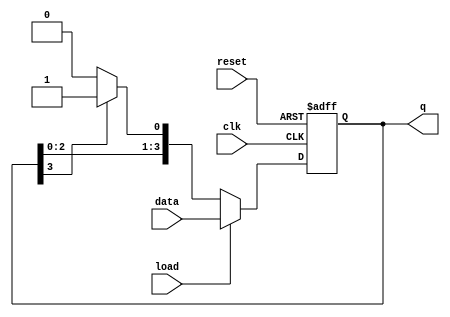
module LoadableRingCounter #(
    parameter N = 4  // Number of bits (or flip-flops) in the counter
)(
    input wire clk,          // Clock signal
    input wire load,         // Load control signal
    input wire [N-1:0] data, // Data input for loading
    input wire reset,        // Reset signal
    output reg [N-1:0] q     // Counter output
);

    // Internal signal to hold the next state
    reg [N-1:0] next_q;

    always @(posedge clk or posedge reset) begin
        if (reset) begin
            // Reset all flip-flops to 0
            q <= {N{1'b0}};
        end else if (load) begin
            // Load the new value from data input
            q <= data;
        end else begin
            // Ring counter operation
            // Shift the '1' around the ring
            next_q = {q[N-2:0], q[N-1]}; // Shift left
            if (q[N-1] == 1'b1) begin
                next_q[0] = 1'b1; // Wrap around
            end else begin
                next_q[0] = 1'b0; // No wrap around
            end
            q <= next_q;
        end
    end

endmodule